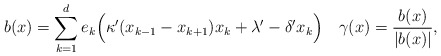
\begin{align*} b(x) = \sum_{k = 1}^d e_k\Big(\kappa'(x_{k-1} - x_{k+1})x_k + \lambda' - \delta'x_k\Big)\quad\gamma(x) = \frac{b(x)}{|b(x)|},\end{align*}